Annual administration report of the Civil Veterinary Department of India - 1896-1897
Year: 1896
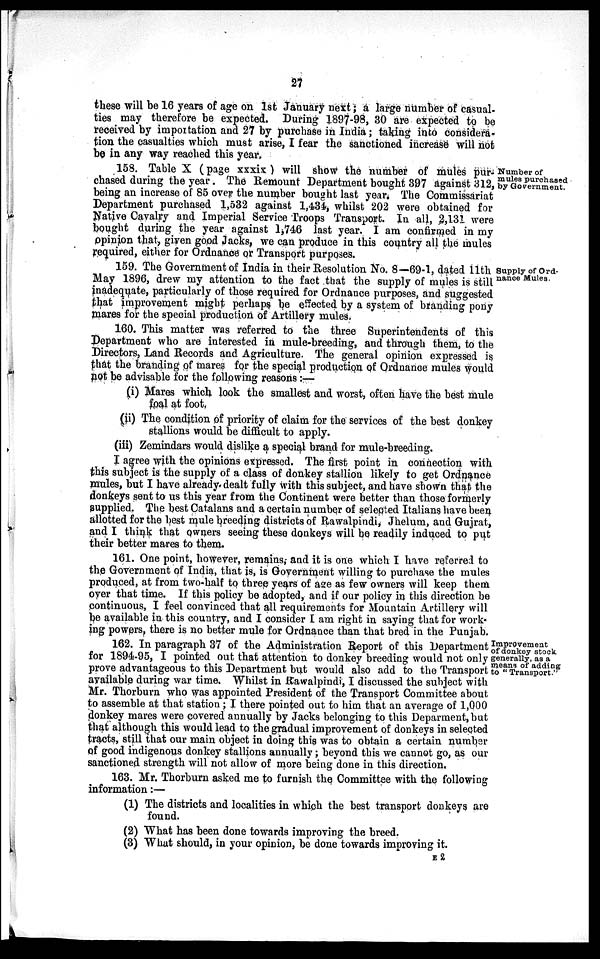
27
these will be 16 years of age on 1st January next; a large number of casual-
ties may therefore be expected. During 1897-98, 30 are expected to be
received by importation and 27 by purchase in India; taking into considera-
tion the casualties which must arise, I fear the sanctioned increase will not
be in any way reached this year.
Number of
mules purchased
by Government.
158. Table X (page xxxix ) will show the number of mules pur-
chased during the year. The Remount Department bought 397 against 312,
being an increase of 85 over the number bought last year. The Commissariat
Department purchased 1,532 against 1,434, whilst 202 were obtained for
Native Cavalry and Imperial Service Troops Transport. In all, 2,131 were
bought during the year against 1,746 last year. I am confirmed in my
opinion that, given good Jacks, we can produce in this country all the mules
required, either for Ordnance or Transport purposes.
Supply of Ord-
nance Mules.
159. The Government of India in their Resolution No. 8—69-1, dated 11th
May 1896, drew my attention to the fact that the supply of mules is still
inadequate, particularly of those required for Ordnance purposes, and suggested
that improvement might perhaps be effected by a system of branding pony
mares for the special production of Artillery mules.
160. This matter was referred to the three Superintendents of this
Department who are interested in mule-breeding, and through them, to the
Directors, Land Records and Agriculture. The general opinion expressed is
that the branding of mares for the special production of Ordnance mules would
not be advisable for the following reasons:—
(i) Mares which look the smallest and worst, often have the best mule
foal at foot,
(ii) The condition of priority of claim for the services of the best donkey
stallions would be difficult to apply.
(iii) Zemindars would dislike a special brand for mule-breeding.
I agree with the opinions expressed. The first point in connection with
this subject is the supply of a class of donkey stallion likely to get Ordnance
mules, but I have already dealt fully with this subject, and have shown that the
donkeys sent to us this year from the Continent were better than those formerly
supplied. The best Catalans and a certain number of selected Italians have been
allotted for the best mule breeding districts of Rawalpindi, Jhelum, and Gujrat,
and I think that owners seeing these donkeys will be readily induced to put
their better mares to them.
161. One point, however, remains, and it is one which I have referred to
the Government of India, that is, is Government willing to purchase the mules
produced, at from two-half to three years of age as few owners will keep them
over that time. If this policy be adopted, and if our policy in this direction be
continuous, I feel convinced that all requirements for Mountain Artillery will
be available in this country, and I consider I am right in saying that for work-
ing powers, there is no better mule for Ordnance than that bred in the Punjab.
Improvement
of donkey stock
generally, as a
means of adding
to "Transport."
162. In paragraph 37 of the Administration Report of this Department
for 1894-95, I pointed out that attention to donkey breeding would not only
prove advantageous to this Department but would also add to the Transport
available during war time. Whilst in Rawalpindi, I discussed the subject with
Mr. Thorburn who was appointed President of the Transport Committee about
to assemble at that station; I there pointed out to him that an average of 1,000
donkey mares were covered annually by Jacks belonging to this Deparment, but
that although this would lead to the gradual improvement of donkeys in selected
tracts, still that our main object in doing this was to obtain a certain number
of good indigenous donkey stallions annually; beyond this we cannot go, as our
sanctioned strength will not allow of more being done in this direction,
163. Mr. Thorburn asked me to furnish the Committee with the following
information:—
(1) The districts and localities in which the best transport donkeys are
found.
(2) What has been done towards improving the breed.
(3) What should, in your opinion, be done towards improving it.
E 2